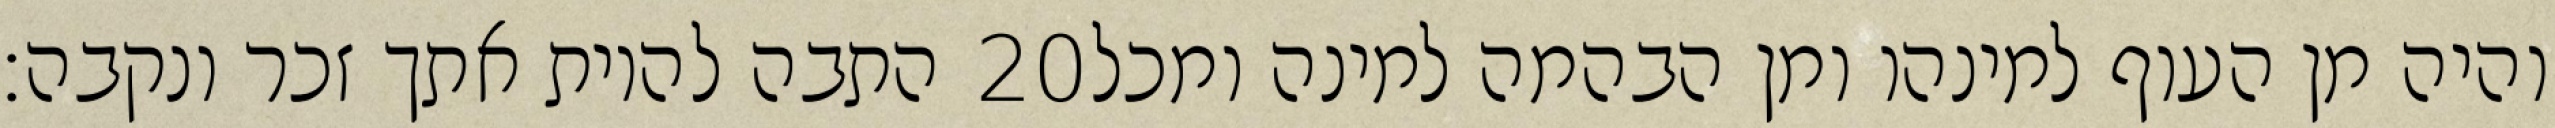
התבה להיות אתך זכר ונקבה׃ ‎20‏ והיה מן העוף למינהו ומן הבהמה למינה ומכל